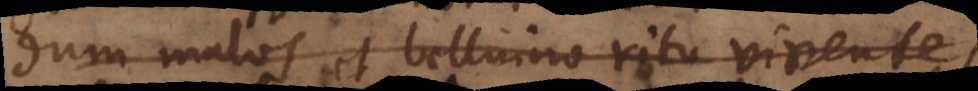
mali et belluino ritu viventes,